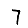
Digit: 7